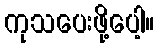
ကုသပေးဖို့ပေါ့။